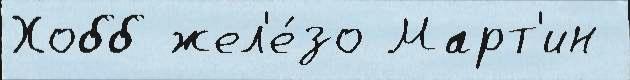
Хобб жел'е́зо Март'ин